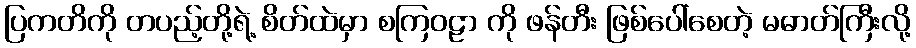
ပြကတိကို တပည့်တို့ရဲ့ စိတ်ထဲမှာ စကြဝဠာ ကို ဖန်တီး ဖြစ်ပေါ်စေတဲ့ မဓာတ်ကြီးလို့